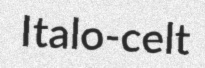
Italo-celt